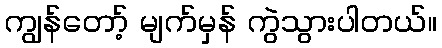
ကျွန်တော့် မျက်မှန် ကွဲသွားပါတယ်။